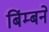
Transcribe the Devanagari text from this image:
बिंम्बने